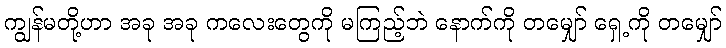
ကျွန်မတို့ဟာ အခု အခု ကလေးတွေကို မကြည့်ဘဲ နောက်ကို တမျှော် ရှေ့ကို တမျှော်